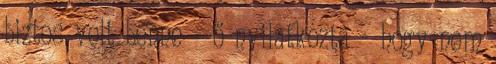
biztos volt benne - ő nyilatkozta - hogy nem